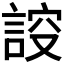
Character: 𧨠